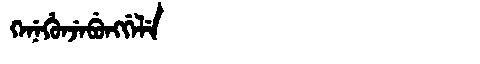
Manchu: ᡴᡝᠨᡝᡥᡠᠨᠵᡝᠪᡠᠩᡤᡝᠯᡝ
Romanization: KENEHUNJEBUNGGELE